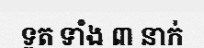
ទូត ទាំង ៣ នាក់